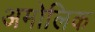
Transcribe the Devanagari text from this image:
अमोलिक